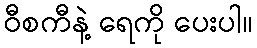
ဝီစကီနဲ့ ရေကို ပေးပါ။